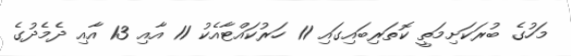
މަހުގެ ބުރަކަށިމަތީ ކޮތަރިބައިގައި 11 ހަރުކައްޓާއެކު 11 އާއި 13 އާއި ދެމެދުގެ